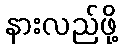
နားလည်ဖို့